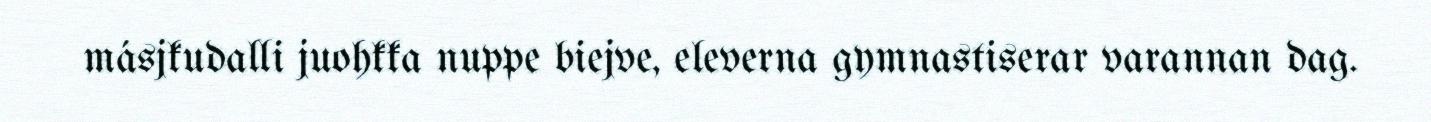
másjkudalli juohkka nuppe biejve, eleverna gymnastiserar varannan dag.